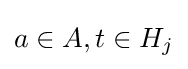
a\in A,t\in H_{j}